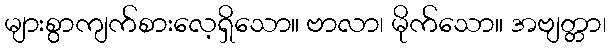
များစွာကျက်စားလေ့ရှိသော။ ဗာလာ၊ မိုက်သော။ အဗျတ္တာ၊